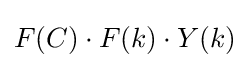
F(C)\cdot F(k)\cdot Y(k)